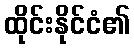
ထိုင်းနိုင်ငံ၏